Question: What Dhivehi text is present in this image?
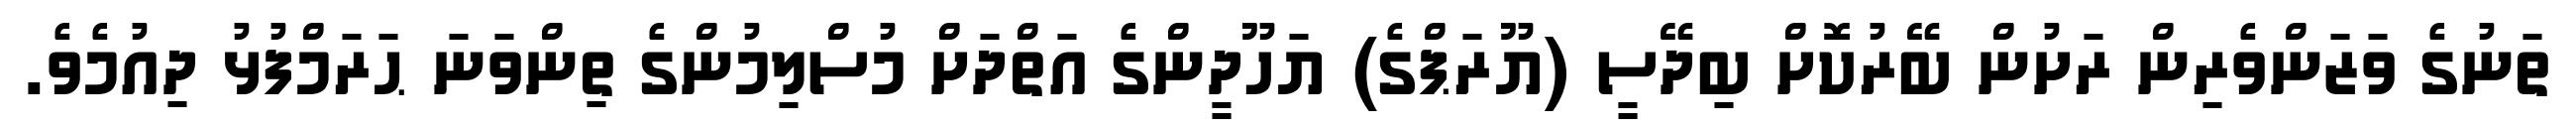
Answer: ތަނުގެ ވަޒަންވެރިން ރަށުން ބޭރުކޮށް ބިދޭސީ (ޔޫރަޕްގެ) ޔަހޫދީންގެ އަތްދަށް މުސްލިމުންގެ ތިންވަނަ ޙަރަމްފުޅު ދިއުމެވެ.